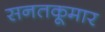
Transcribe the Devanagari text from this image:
सनतकूमार